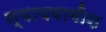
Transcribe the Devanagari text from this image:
न्यायवागीश